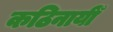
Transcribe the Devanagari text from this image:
कठिनायीँ